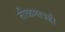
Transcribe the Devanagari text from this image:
तीळमात्रही